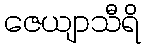
ဇေယျာသီရိ